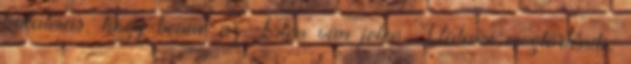
hatalmas, hogy benne az Isten van jelen. Valami megtörténik,